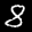
Label: 8